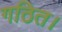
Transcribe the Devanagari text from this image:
गठित।